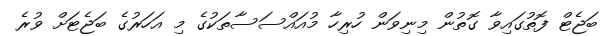
ބަޖެޓް ފޮތުގައިވާ ގޮތުން މިނިވަން ހުރިހާ މުއައްސަސާތަކުގެ މި އަހަރުގެ ބަޖެޓަށް ވުރެ